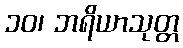
၁၀၊ ဘရိယာသုတ္တ